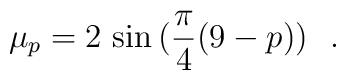
\mu_p = 2\,\sin \big(\frac{\pi}{4}(9-p)\big)~~.